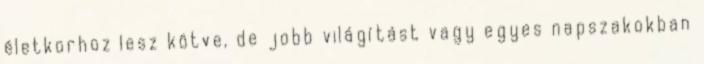
életkorhoz lesz kötve, de jobb világítást vagy egyes napszakokban